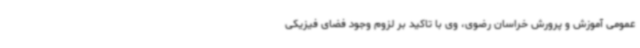
عمومی آموزش و پرورش خراسان رضوی، وی با تاکید بر لزوم وجود فضای فیزیکی